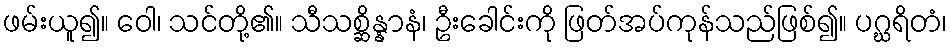
ဖမ်းယူ၍။ ဝေါ၊ သင်တို့၏။ သီသစ္ဆိန္နာနံ၊ ဦးခေါင်းကို ဖြတ်အပ်ကုန်သည်ဖြစ်၍။ ပဂ္ဃရိတံ၊